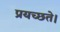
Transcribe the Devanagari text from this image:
प्रयच्छते।